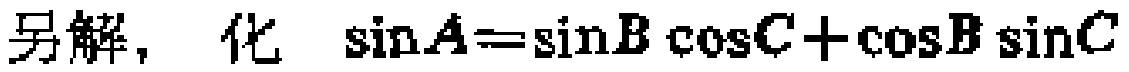
另解，化 \(\sin A=\sin B\cos C+\cos B\sin C\)